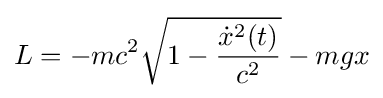
L=-mc^{2}{\sqrt {1-{\frac {{\dot {x}}^{2}(t)}{c^{2}}}}}-mgx